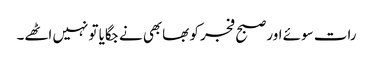
رات سوئے اور صبح فجر کو بھابھی نے جگایا تو نہیں اٹھے۔